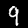
Digit: 9